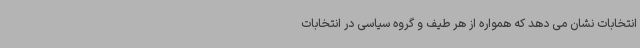
انتخابات نشان می دهد که همواره از هر طیف و گروه سیاسی در انتخابات